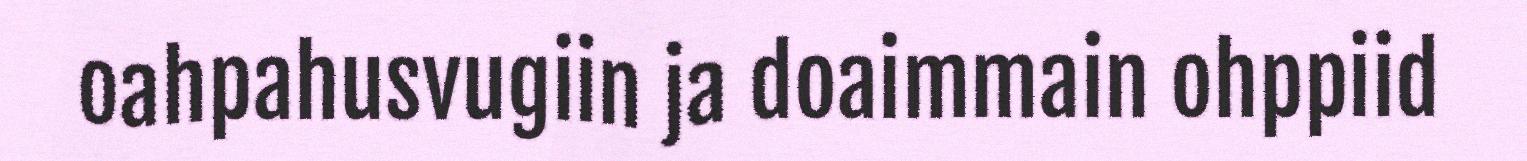
oahpahusvugiin ja doaimmain ohppiid